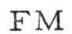
FM